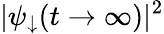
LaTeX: |\psi_{\downarrow}(t\rightarrow\infty)|^{2}